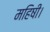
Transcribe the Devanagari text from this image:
महिषी।